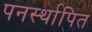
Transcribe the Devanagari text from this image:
पनर्स्थापित